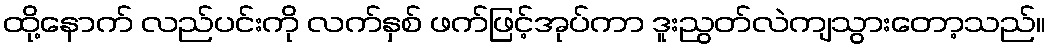
ထို့နောက် လည်ပင်းကို လက်နှစ် ဖက်ဖြင့်အုပ်ကာ ဒူးညွတ်လဲကျသွားတော့သည်။